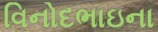
વિનોદભાઇના